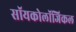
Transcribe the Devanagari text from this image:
सॉयकोलॉजिकल